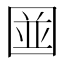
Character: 𪢭